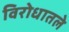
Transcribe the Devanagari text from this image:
विरोधातले